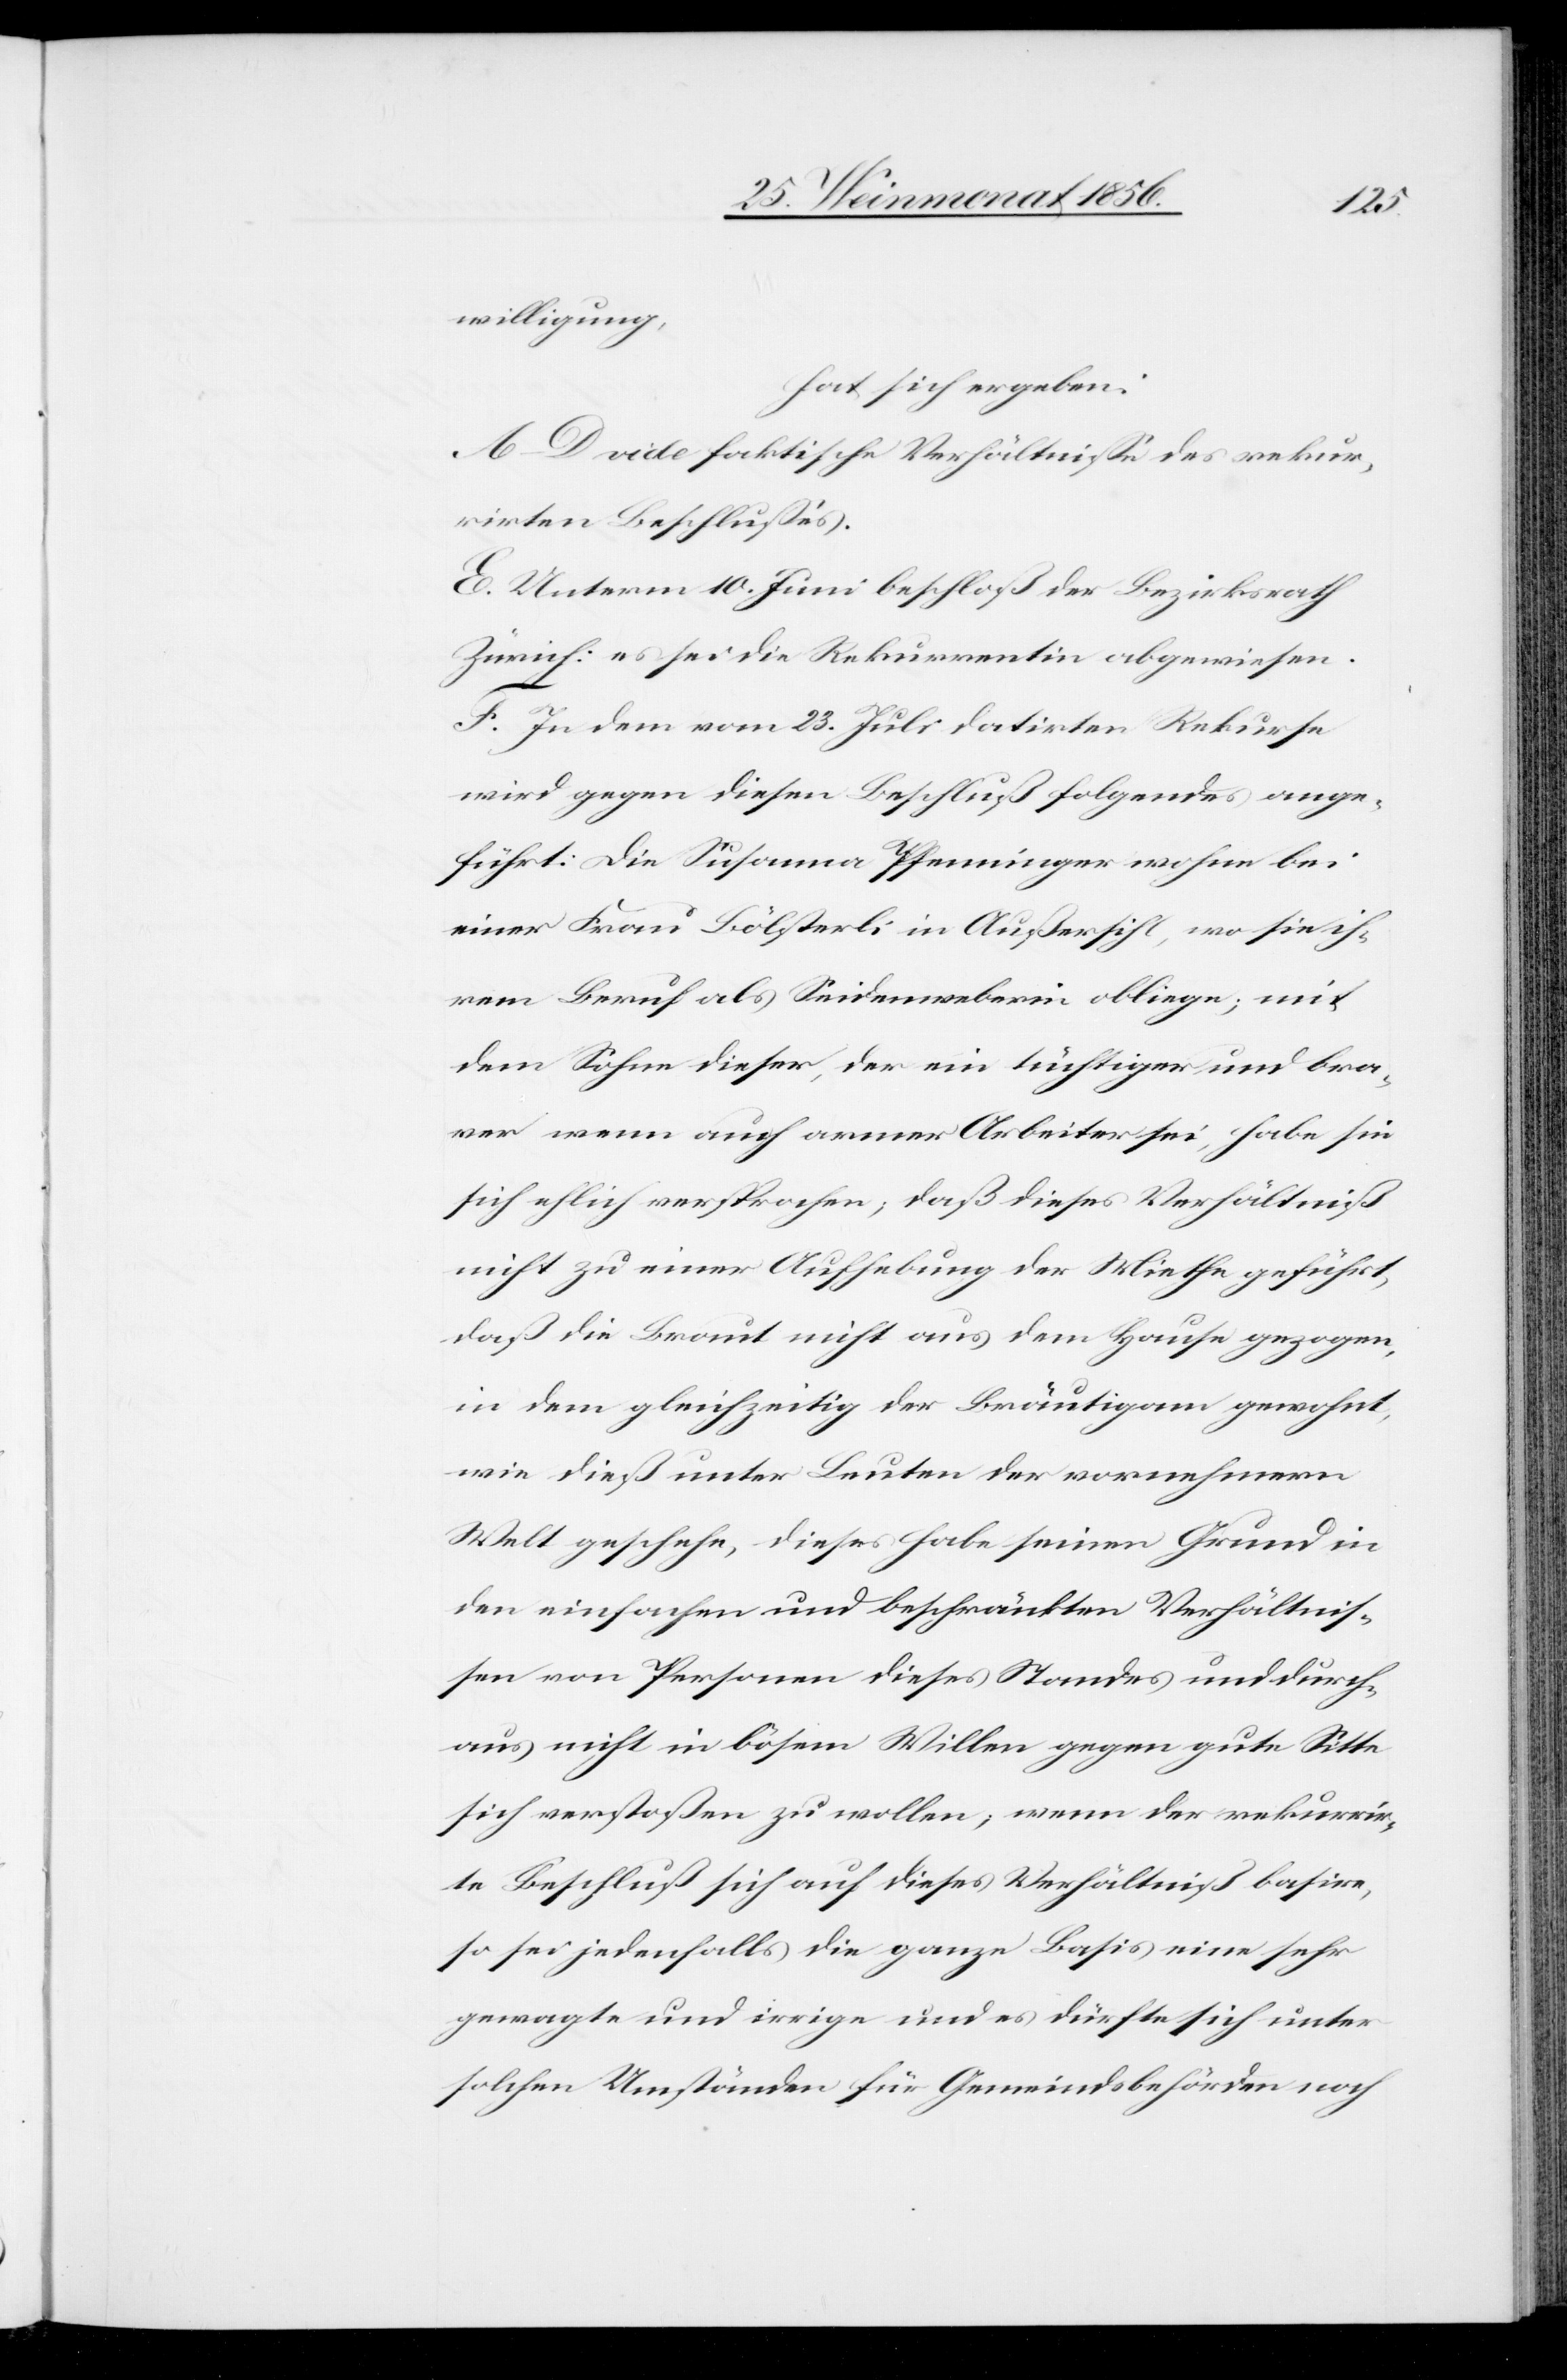
willigung,
hat sich ergeben:
A–D. vide faktische Verhältnisse des rekur¬
rirten Beschlusses.
E. Unterm 10. Juni beschloß der Bezirksrath
Zürich: es sei die Rekurrentin abgewiesen.
F. In dem vom 23. Juli datirten Rekurse
wird gegen diesen Beschluß folgendes ange¬
führt: Die Susanna Pfenninger wohne bei
einer Frau Bölsterli in Außersihl, wo sie ih¬
rem Beruf als Seidenweberin obliege; mit
dem Sohne dieser, der ein tüchtiger und bra¬
ver wenn auch armer Arbeiter sei, habe sie
sich ehlich versprochen; daß dieses Verhältniß
nicht zu einer Aufhebung der Miethe geführt,
daß die Braut nicht aus dem Hause gezogen,
in dem gleichzeitig der Bräutigam gewohnt,
wie dieß unter Leuten der vornehmern
Welt geschehe, dieses habe seinen Grund in
den einfachen und beschränkten Verhältnis¬
sen von Personen dieses Standes und durch¬
aus nicht in bösem Willen gegen gute Sitte
sich verstoßen zu wollen, wenn der rekurrir¬
te Beschluß sich auf dieses Verhältniß basire,
so sei jedenfalls die ganze Basis eine sehr
gewagte und irrige und es dürfte sich unter
solchen Umständen für Gemeindsbehörden noch